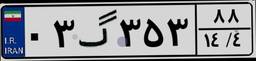
۲۵گ۸۷۸۹۸